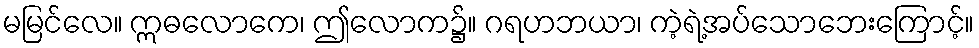
မမြင်လေ။ ဣဓလောကေ၊ ဤလောက၌။ ဂရဟဘယာ၊ ကဲ့ရဲ့အပ်သောဘေးကြောင့်။